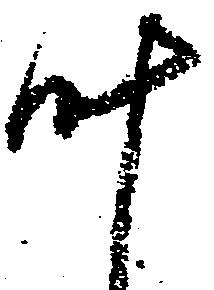
叶